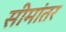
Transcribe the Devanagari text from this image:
सीमांतर